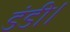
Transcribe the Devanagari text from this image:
डंडी।